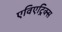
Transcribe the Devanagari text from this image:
एविएट्रिक्स